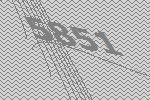
5851